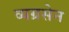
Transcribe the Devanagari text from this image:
व्यग्रसेन